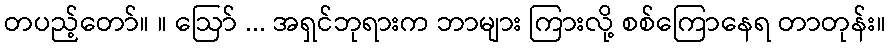
တပည့်တော်။ ။ ဩော် ... အရှင်ဘုရားက ဘာများ ကြားလို့ စစ်ကြောနေရ တာတုန်း။